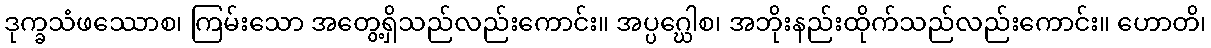
ဒုက္ခသံဖဿောစ၊ ကြမ်းသော အတွေ့ရှိသည်လည်းကောင်း။ အပ္ပဂ္ဃေါစ၊ အဘိုးနည်းထိုက်သည်လည်းကောင်း။ ဟောတိ၊